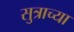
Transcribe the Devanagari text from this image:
सुत्राच्या